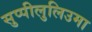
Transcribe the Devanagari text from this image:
सुप्पीलुलिउमा